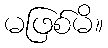
မဖြစ်မိ။